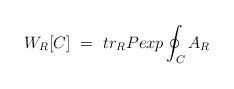
\begin{align*}W_R [C]~=~ tr_R Pexp \oint_C A_R \end{align*}